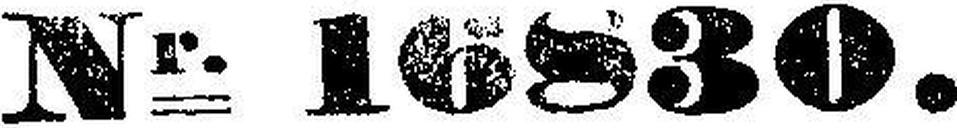
Nr. 16830.